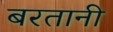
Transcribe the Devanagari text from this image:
बरतानी